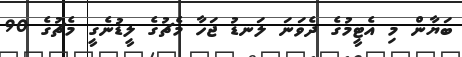
ބަޔާން މި އެޓީމުގެ ދެވަނަ ލަނޑު ޖަހާ މެޗުގެ ލީޑުނެގީ މެޗުގެ 90